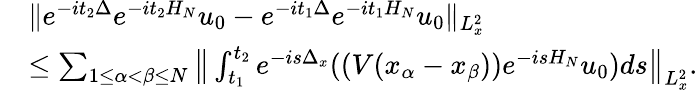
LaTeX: \begin{array}{rl}&{\| e^{-it_{2}\Delta}e^{-it_{2}H_{N}}u_{0}-e^{-it_{1}\Delta}e^{-it_{1}H_{N}}u_{0}\| _{L_{x}^{2}}}\\ &{\leq\sum_{1\leq\alpha<\beta\leq N}\big\| \int_{t_{1}}^{t_{2}}e^{-is\Delta_{x}}((V(x_{\alpha}-x_{\beta}))e^{-isH_{N}}u_{0})ds\big\| _{L_{x}^{2}}.}\end{array}